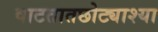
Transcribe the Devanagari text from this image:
वाटतातछोट्याश्या